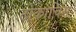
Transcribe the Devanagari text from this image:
टोकाचिस